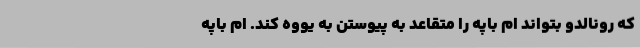
که رونالدو بتواند ام باپه را متقاعد به پیوستن به یووه کند. ام باپه